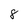
Character: 8